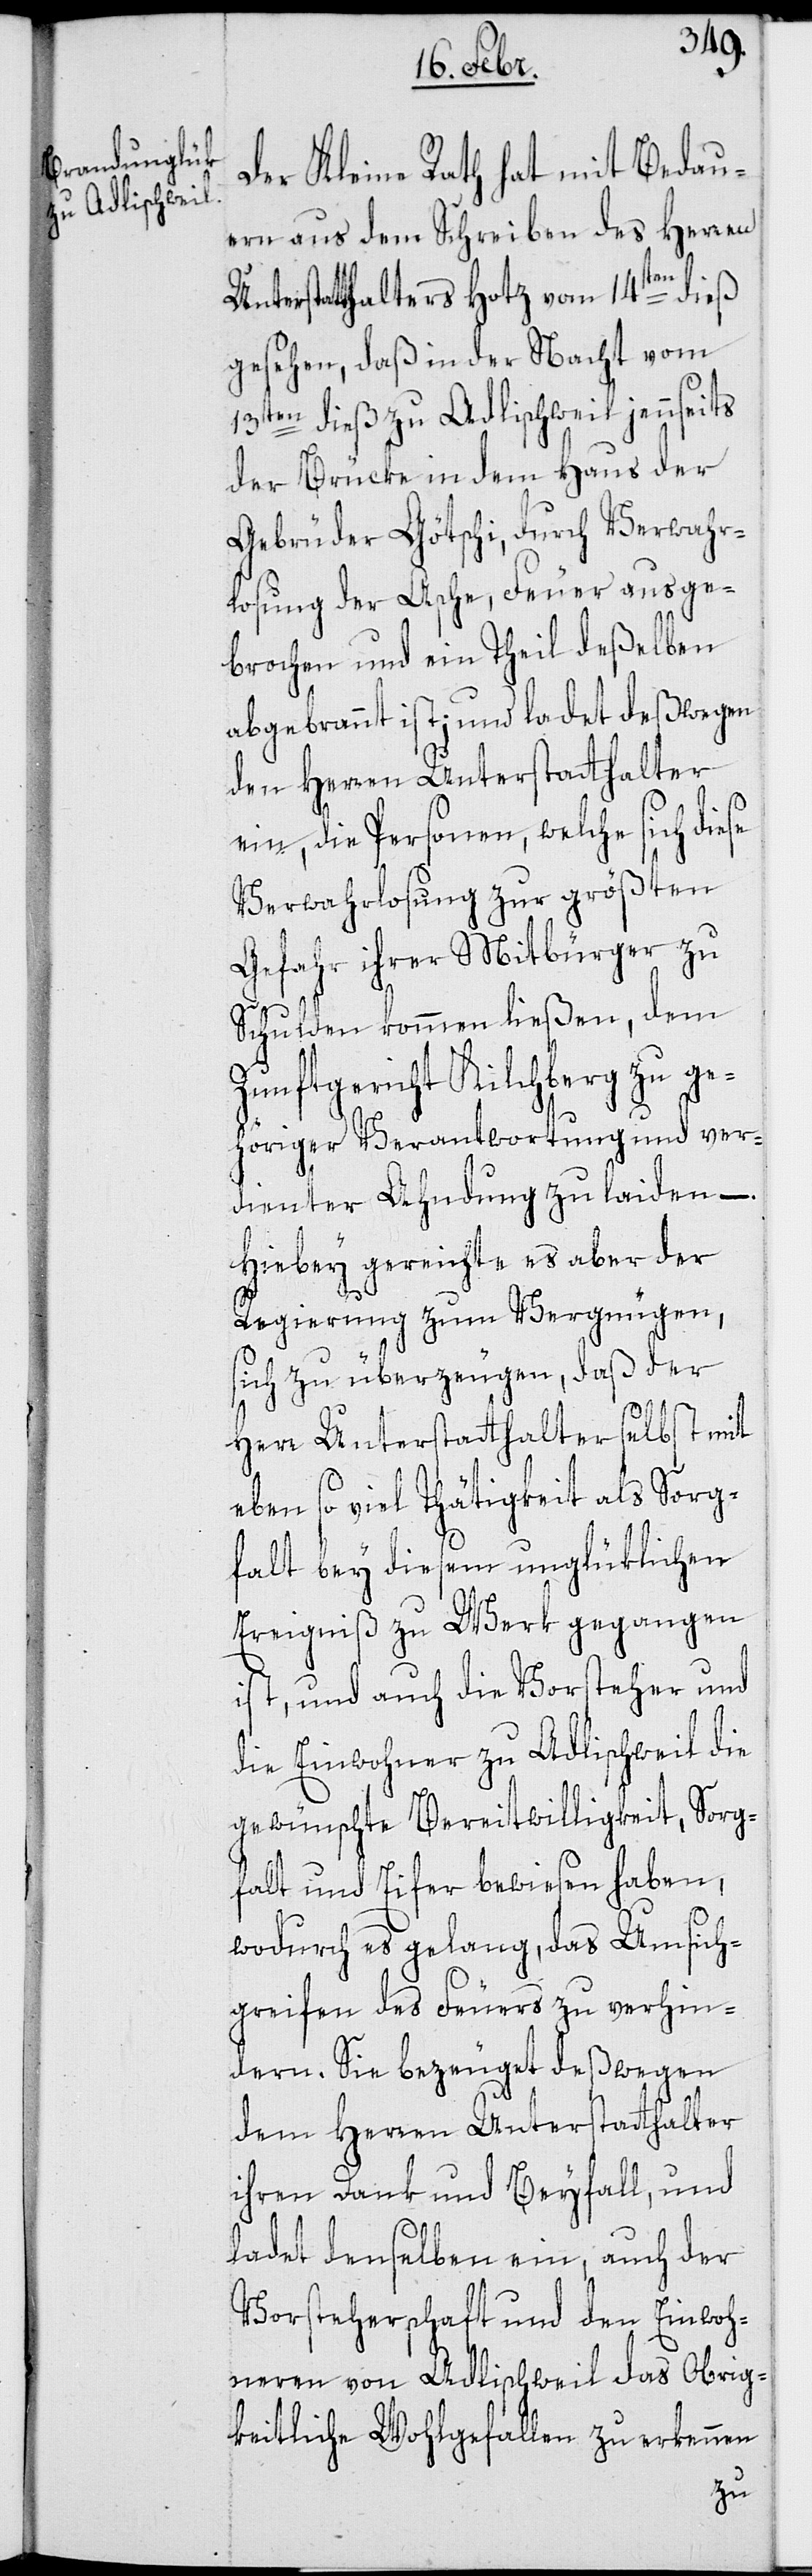
Der Kleine Rath hat mit Bedau¬
ern aus dem Schreiben des Herren
Unterstatthalters Hotz vom 14ten dieß
gesehen, daß in der Nacht vom
13ten dieß zu Adlischweil jennseits
der Brücke in dem Haus der
Gebrüder Götschi, durch Verwahr¬
losung der Asche, Feuer ausge¬
brochen und ein Theil deßelben
abgebrannt ist; und ladet deßwegen
dem Herren Unterstatthalter
ein, die Personen, welche sich diese
Verwahrlosung zur größten
Gefahr ihrer Mitbürger zu
Schulden kommen ließen, dem
Zunftgericht Kilchberg zu ge¬
höriger Verantwortung und ver¬
dienter Ahndung zu laiden. –
Hiebey gereichte es aber der
Regierung zum Vergnügen,
sich zu überzeugen, daß der
Herr Unterstatthalter selbst mit
eben so viel Thätigkeit als Sorg¬
falt bey diesem unglüklichen
Ereigniß zu Werk gegangen
ist, und auch die Vorsteher un¬
d Einwohner zu Adlischweil die
gewünschte Bereitwilligkeit, Sorg¬
falt und Eifer bewiesen haben,
wodurch es gelang, das Umsich¬
greifen des Feuers zu verhin¬
dern. Sie bezeuget deßwegen
ihren Dank und Beyfall, und
ladet denselben ein, auch der
Vorsteherschaft und den Einwoh¬
neren von Adlischweil das Obrig¬
keitliche Wohlgefallen zu erkennen